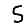
Digit: 5